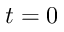
t = 0